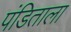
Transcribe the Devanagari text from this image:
पंडिताला